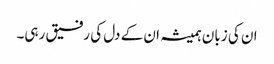
ان کی زبان ہمیشہ ان کے دل کی رفیق رہی۔